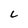
Character: c